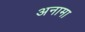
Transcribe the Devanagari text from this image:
अनामा